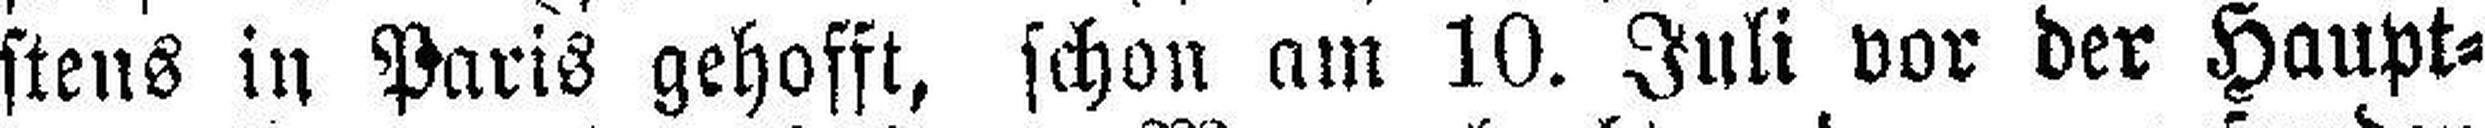
stens in Paris gehofft, schon am 10. Juli vor der Haupt¬